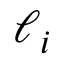
\ell _ { i }